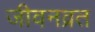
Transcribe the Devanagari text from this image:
जीवनव्रत